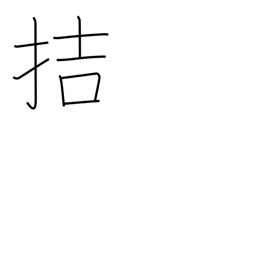
Meaning: be imminent